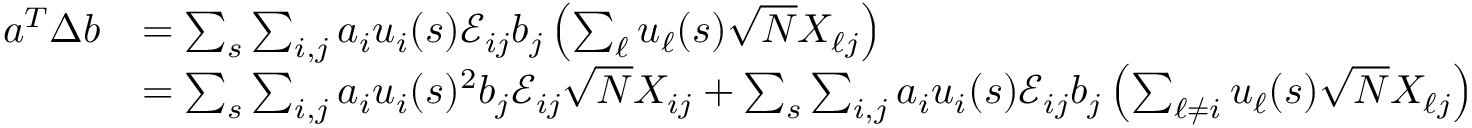
\begin{array} { r l } { { \boldsymbol a } ^ { T } \Delta { \boldsymbol b } } & { = \sum _ { s } \sum _ { i , j } a _ { i } u _ { i } ( s ) { \mathcal E } _ { i j } b _ { j } \left( \sum _ { \ell } u _ { \ell } ( s ) \sqrt { N } X _ { \ell j } \right) } \\ & { = \sum _ { s } \sum _ { i , j } a _ { i } u _ { i } ( s ) ^ { 2 } b _ { j } { \mathcal E } _ { i j } \sqrt { N } X _ { i j } + \sum _ { s } \sum _ { i , j } a _ { i } u _ { i } ( s ) { \mathcal E } _ { i j } b _ { j } \left( \sum _ { \ell \neq i } u _ { \ell } ( s ) \sqrt { N } X _ { \ell j } \right) } \end{array}